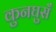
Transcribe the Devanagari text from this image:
कुनघुसँ